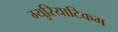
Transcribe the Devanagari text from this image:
म्युरियाटिकम